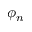
\phi _ { n }